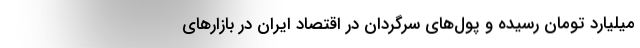
میلیارد تومان رسیده و پول‌های سرگردان در اقتصاد ایران در بازارهای